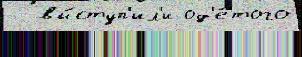
  вы́ступ'ил'и од'е́того